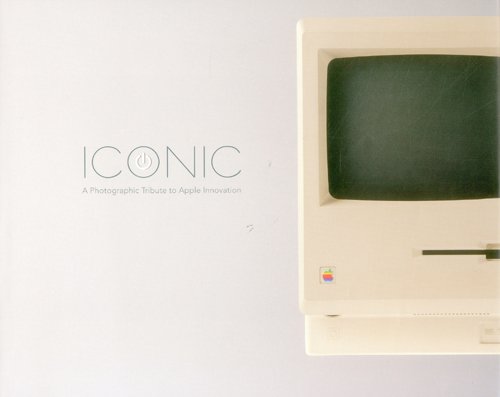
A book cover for Iconic: A Photographic Tribute to Apple Innovation; Jonathan Zufi; Arts & Photography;